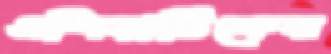
এশিয়াটিকের